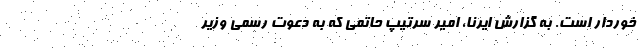
خوردار است. به گزارش ایرنا، امیر سرتیپ حاتمی که به دعوت رسمی وزیر